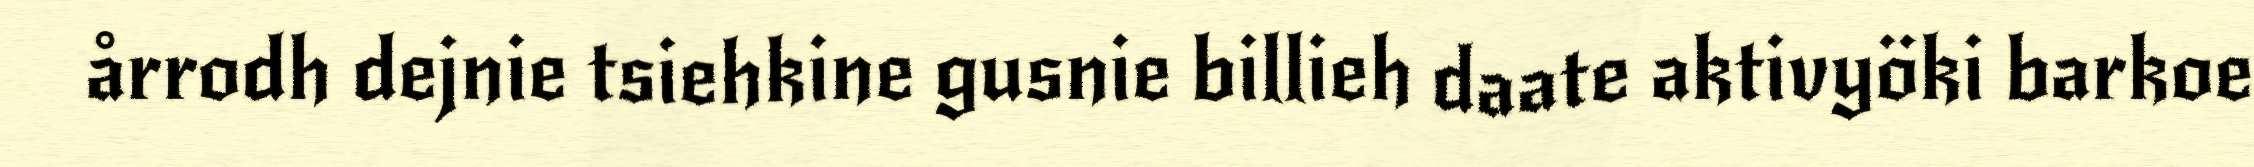
årrodh dejnie tsiehkine gusnie billieh daate aktivyöki barkoe